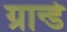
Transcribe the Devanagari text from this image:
ग्रान्डे